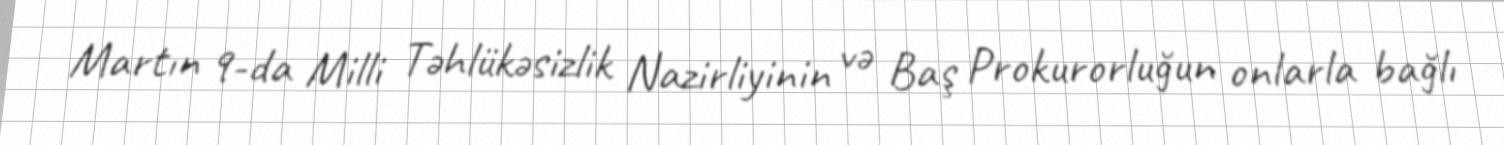
Martın 9-da Milli Təhlükəsizlik Nazirliyinin və Baş Prokurorluğun onlarla bağlı